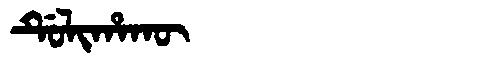
Manchu: ᡩᡠᠯᡳᡥᠠᡴᡡ
Romanization: DULIHAKŪ